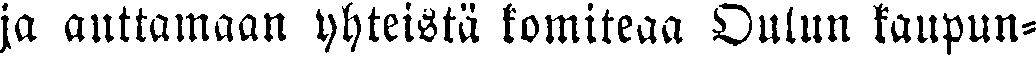
ja auttamaan yhteistä komiteaa Oulun kaupun-